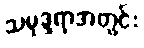
သမုဒ္ဒရာအတွင်း